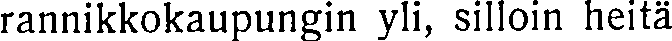
rannikkokaupungin yli, silloin heitä